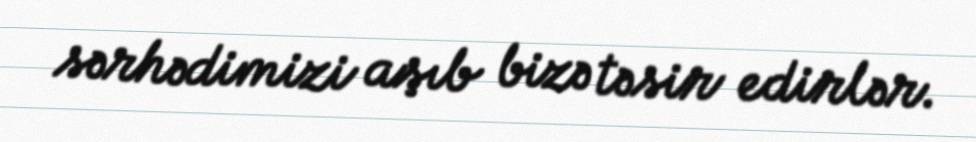
sərhədimizi aşıb bizə təsir edirlər.